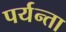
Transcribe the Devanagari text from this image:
पर्यन्ता